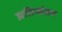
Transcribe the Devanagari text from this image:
प्रतियोजन